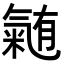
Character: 𭯴